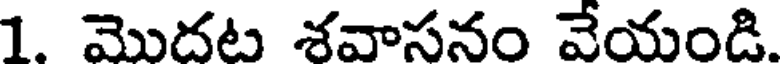
1. మొదట శవాసనం వేయండి.